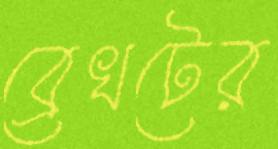
ব্রেখটের